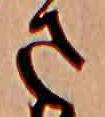
さ